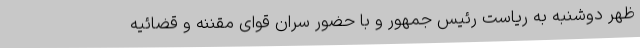
ظهر دوشنبه به ریاست رئیس جمهور و با حضور سران قوای مقننه و قضائیه